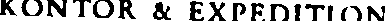
KONTOR & EXPEDITION